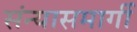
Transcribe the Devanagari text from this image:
संन्यासमार्गी